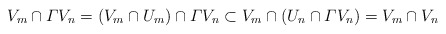
\begin{align*} V_m \cap \varGamma V_n= (V_m \cap U_m) \cap \varGamma V_n\subset V_m \cap (U_n \cap \varGamma V_n)= V_m \cap V_n\end{align*}